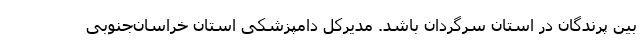
بین پرندگان در استان سرگردان باشد. مدیرکل دامپزشکی استان خراسان‌جنوبی